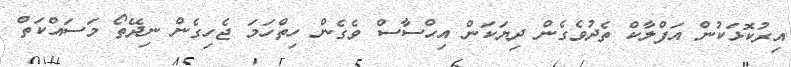
އިރުކޮޅަކުން އަފްލާކް ތެދުވެގެން ދިޔަކަން އިހްސާސް ވެގެން ހިތްހަމަ ޖެހިގެން ނިދޭތޯ މަސައްކަތް